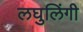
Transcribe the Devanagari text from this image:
लघुलिंगी